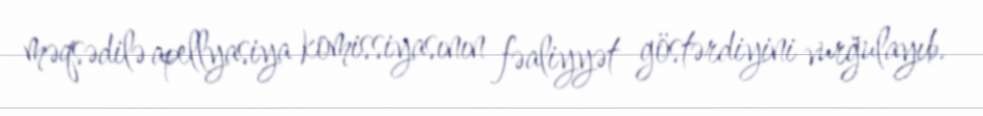
məqsədilə apellyasiya komissiyasının fəaliyyət göstərdiyini vurğulayıb.